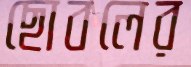
ছোবলের